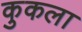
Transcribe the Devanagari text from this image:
कुकला